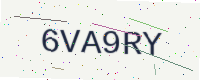
Text: 6VA9RY